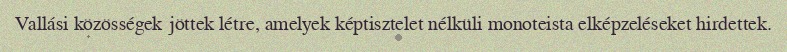
Vallási közösségek jöttek létre, amelyek képtisztelet nélküli monoteista elképzeléseket hirdettek.